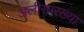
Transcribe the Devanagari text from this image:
अलीसारख्या